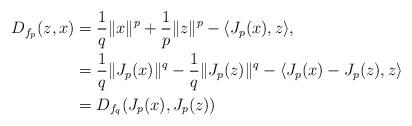
LaTeX: \begin{align*} \begin{aligned} D_{f_p}(z, x) & = \frac{1}{q} \|x\|^{p} + \frac{1}{p} \|z\|^{p} -\langle J_{p}(x),z\rangle,\\ & = \frac{1}{q} \|J_p(x)\|^{q} - \frac{1}{q} \|J_p (z)\|^{q} -\langle J_{p}(x)-J_p(z),z\rangle\\ & = D_{f_q} (J_p(x), J_p(z)) \end{aligned} \end{align*}